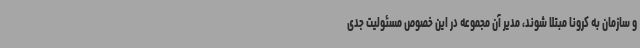
و سازمان به کرونا مبتلا شوند، مدیر آن مجموعه در این خصوص مسئولیت جدی